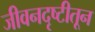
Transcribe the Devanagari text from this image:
जीवनदृष्टीतून